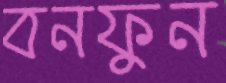
বনফুন